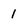
Character: 1